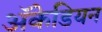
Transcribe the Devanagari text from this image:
अॅकेडियन